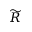
\widetilde { R }